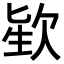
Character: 𪴬